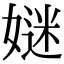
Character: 㜆